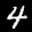
Label: 4